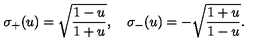
\sigma _ { + } ( u ) = \sqrt { { \frac { 1 - u } { 1 + u } } } , \quad \sigma _ { - } ( u ) = - \sqrt { { \frac { 1 + u } { 1 - u } } } .